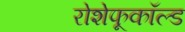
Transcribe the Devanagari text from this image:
रोशेफूकॉल्ड